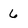
Character: 6